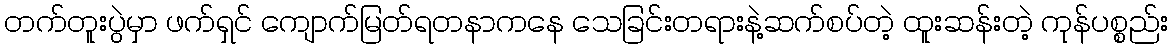
တက်တူးပွဲမှာ ဖက်ရှင် ကျောက်မြတ်ရတနာကနေ သေခြင်းတရားနဲ့ဆက်စပ်တဲ့ ထူးဆန်းတဲ့ ကုန်ပစ္စည်း